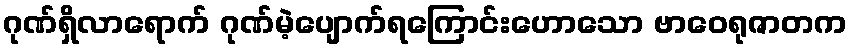
ဂုဏ်ရှိလာရောက် ဂုဏ်မဲ့ပျောက်ရကြောင်းဟောသော ဗာဝေရုဇာတက